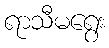
ရာသီမရွေး